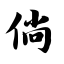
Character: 倘